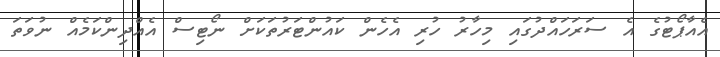
އެއާޕޯޓުގެ އެ ސަރަހައްދުގައި މިހާރު ހުރި އެހެން ކައުންޓަރުތަކަށް ނޯޓިސް އެއްދިންކަމެއް ނުވަތަ